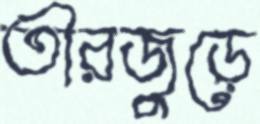
তীরজুড়ে